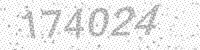
Solution: 174024